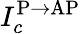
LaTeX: I_{c}^{\mathrm{P\to AP}}